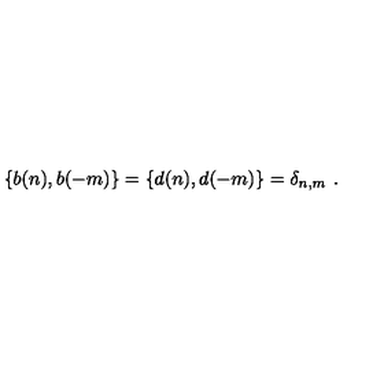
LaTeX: \{ b ( n ) , b ( - m ) \} = \{ d ( n ) , d ( - m ) \} = \delta _ { n , m } \ .